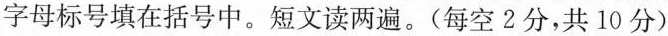
字母标号填在括号中。短文读两遍。(每空2分，共10分)